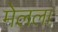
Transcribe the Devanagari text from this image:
मेलला